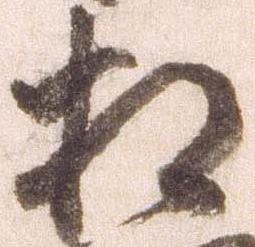
相